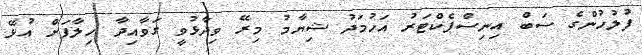
ފުލުހުންގެ ސަބް އިނިސްޕެކްޓަރު އަހުމަދު ޝިޔާމު މިރޭ ވިދާޅުވީ ގަވާއިދާ ހިލާފަށް އުޅޭ